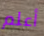
أعلم